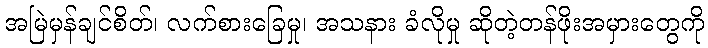
အမြဲမှန်ချင်စိတ်၊ လက်စားခြေမှု၊ အသနား ခံလိုမှု ဆိုတဲ့တန်ဖိုးအမှားတွေကို